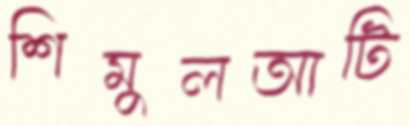
শিমুলআটি